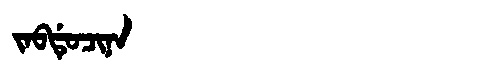
Manchu: ᠵᠠᠪᡩᡠᠴᡳᠨᠠ
Romanization: JABDUCINA